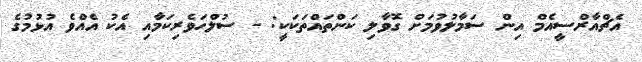
އެޗްއާރްސީއެމް އިން ސަމާލުވުމަށް ގޮވާލި ކަންތައްތަކަކީ: - ސުލްހަވެރިކަމާއި އެކު އެއްވެ އުޅުމުގެ